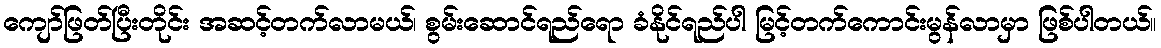
ကျော်ဖြတ်ပြီးတိုင်း အဆင့်တက်လာမယ်၊ စွမ်းဆောင်ရည်ရော ခံနိုင်ရည်ပါ မြင့်တက်ကောင်းမွန်လာမှာ ဖြစ်ပါတယ်။